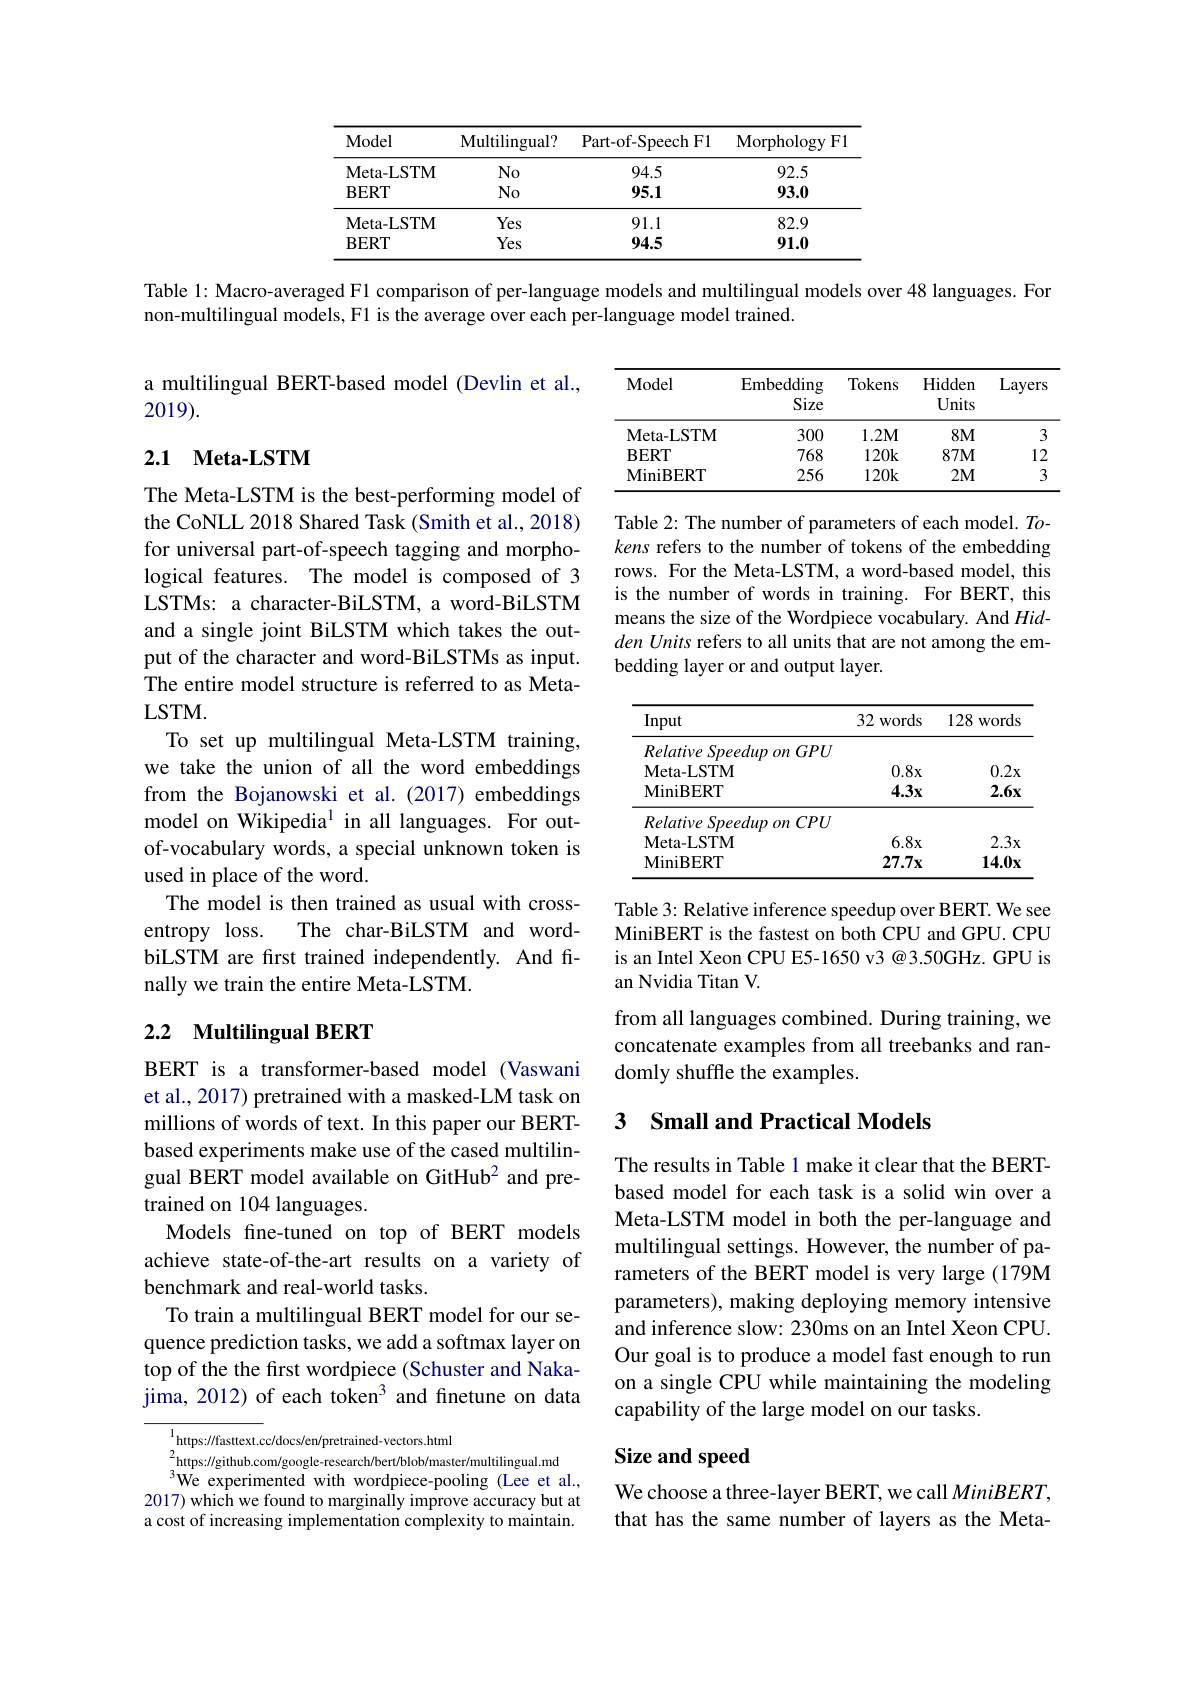
<table>
	<tbody>
		<tr>
			<th>Model</th>
			<th>Multilingual?</th>
			<th>Part- of- Speech F1</th>
			<th>${\mathrm{Morphology}}$ $\cdot F1$</th>
		</tr>
		<tr>
			<td>Meta- LSTM</td>
			<td>$No$</td>
			<td>94.5</td>
			<td>92.5</td>
		</tr>
		<tr>
			<td>$\mathbf{BERT}$</td>
			<td>$No$</td>
			<td>95.1</td>
			<td>93.0</td>
		</tr>
		<tr>
			<td>$\mathbf{Meta-LSTM}$</td>
			<td>Yes</td>
			<td>91.1</td>
			<td>82.9</td>
		</tr>
		<tr>
			<td>$\mathbf{BERT}$</td>
			<td>Yes</td>
			<td>94.5</td>
			<td>91.0</td>
		</tr>
	</tbody>
</table>

Table l: Macro-averaged Fl comparison of per-language models and multilingual models over 48 languages. For

non-multilingual models, Fl is the average over each per-language model trained.

a multilingual BERT-based model (Devlin et al.,
2019).

<table>
	<tbody>
		<tr>
			<th>Model</th>
			<th>Embedding Size</th>
			<th>Tokens</th>
			<th>Hidden Units</th>
			<th>Layers</th>
		</tr>
		<tr>
			<td>Meta- LSTM</td>
			<td>300</td>
			<td>$1.2\mathbf{M}$</td>
			<td>$8M$</td>
			<td>3</td>
		</tr>
		<tr>
			<td>$\mathbf{BERT}$</td>
			<td>768</td>
			<td>$120k$</td>
			<td>$87M$</td>
			<td>12</td>
		</tr>
		<tr>
			<td>MiniBERT</td>
			<td>256</td>
			<td>$120k$</td>
			<td>$2M$</td>
			<td>3</td>
		</tr>
	</tbody>
</table>

## 2.1 Meta-LSTM

Table 2: The number of parameters of each model. $To$- kens refers to the number of tokens of the embedding rows. For the Meta-LSTM, a word-based model, this is the number of words in training. For BERT, this means the size of the Wordpiece vocabulary. And $Hid-$ den Units refers to all units that are not among the embedding layer or and output layer.

The Meta-LSTM is the best-performing model of the CoNLL 2018 Shared Task (Smith et al., 2018) for universal part-of-speech tagging and morphological features. The model is composed of 3 LSTMs: a character-BiLSTM, a word-BiLSTM and a single joint BiLSTM which takes the output of the character and word-BiLSTMs as input. The entire model structure is referred to as Meta- $LSTM.$
To set up multilingual Meta-LSTM training, we take the union of all the word embeddings from the Bojanowski et al.(2017) embeddings model on Wikipedia$^{1}$ in all languages. For outof-vocabulary words, a special unknown token is used in place of the word.
The model is then trained as usual with crossentropy loss. The char-BiLSTM and wordbiLSTM are first trained independently. And finally we train the entire Meta-LSTM.

<table>
	<tbody>
		<tr>
			<th>Input</th>
			<th>32 words</th>
			<th>32 words</th>
			<th>128 words</th>
		</tr>
		<tr>
			<td>$Relative\textit{Speedup on}$ $GF$</td>
			<td>$PU$</td>
			<td> </td>
			<td> </td>
		</tr>
		<tr>
			<td>$\mathbf{Meta-LSTM}$</td>
			<td>$0.8x$</td>
			<td>$0.8x$</td>
			<td>$0.2\mathbf{x}$</td>
		</tr>
		<tr>
			<td>$\mathbf{MiniBERT}$</td>
			<td>$4.3x$</td>
			<td>$4.3x$</td>
			<td>$2.6x$</td>
		</tr>
		<tr>
			<td>RelativeSpeedupon $\iota$ $CP$</td>
			<td>$PU$</td>
			<td> </td>
			<td> </td>
		</tr>
		<tr>
			<td>$\mathbf{Meta-LSTM}$</td>
			<td>$6.8x$</td>
			<td>$6.8x$</td>
			<td>$2.3x$</td>
		</tr>
		<tr>
			<td>$\mathbf{MiniBERT}$</td>
			<td>$27.7\mathbf{x}$</td>
			<td>$27.7\mathbf{x}$</td>
			<td>$14.0x$</td>
		</tr>
	</tbody>
</table>

Table 3: Relative inference speedup over BERT. We see MiniBERT is the fastest on both CPU and GPU. CPU is an Intel Xeon CPU E5-1650 v3 @3.50GHz. GPU is an Nvidia Titan V.

## 2.2 Multilingual BERT

from all languages combined. During training, we concatenate examples from all treebanks and randomly shuffle the examples.

## 3 Small and Practical Models

BERT is a transformer-based model (Vaswani et al., 2017) pretrained with a masked-LM task on millions of words of text. In this paper our BERTbased experiments make use of the cased multilingual BERT model available on GitHub$^{2}$ and pretrained on 104 languages.
Models fine-tuned on top of BERT models achieve state-of-the-art results on a variety of benchmark and real-world tasks.
To train a multilingual BERT model for our sequence prediction tasks, we add a softmax layer on top of the the first wordpiece (Schuster and Nakajima, 2012) of each token$^{3}$ and finetune on data

The results in Table 1 make it clear that the BERTbased model for each task is a solid win over a Meta-LSTM model in both the per-language and multilingual settings. However, the number of parameters of the BERT model is very large (179M parameters), making deploying memory intensive and inference slow: 230ms on an Intel Xeon CPU. Our goal is to produce a model fast enough to run on a single CPU while maintaining the modeling capability of the large model on our tasks.

## Size and speed

$^{1}$https://fasttext.cc/docs/en/pretrained-vectors.html
$^{2}$https://github.com/google-research/bert/blob/master/multilingual.md
We experimented with wordpiece-pooling (Lee et al., 2017) which we found to marginally improve accuracy but at a cost of increasing implementation complexity to maintain.

We choose a three-layer BERT, we call MiniBERT, that has the same number of layers as the Meta-